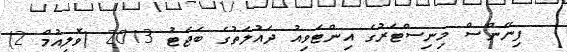
ފިނޭންސް މިނިސްޓަރުގެ އިންޓަވިއު ދައުލަތުގެ ބަޖެޓު 2013 (ވޮލިއުމް 2)